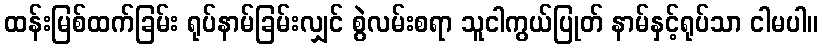
ထန်းမြစ်ထက်ခြမ်း ရုပ်နာမ်ခြမ်းလျှင် စွဲလမ်းစရာ သူငါကွယ်ပြုတ် နာမ်နှင့်ရုပ်သာ ငါမပါ။